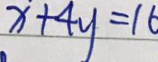
x + 4 y = 1 6